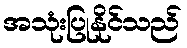
အသုံးပြုနိုင်သည်